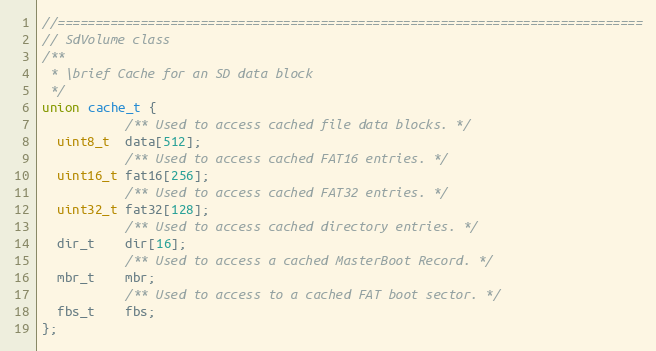
Language: C
//==============================================================================
// SdVolume class
/**
 * \brief Cache for an SD data block
 */
union cache_t {
           /** Used to access cached file data blocks. */
  uint8_t  data[512];
           /** Used to access cached FAT16 entries. */
  uint16_t fat16[256];
           /** Used to access cached FAT32 entries. */
  uint32_t fat32[128];
           /** Used to access cached directory entries. */
  dir_t    dir[16];
           /** Used to access a cached MasterBoot Record. */
  mbr_t    mbr;
           /** Used to access to a cached FAT boot sector. */
  fbs_t    fbs;
};